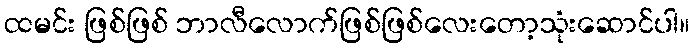
ထမင်း ဖြစ်ဖြစ် ဘာလီလောက်ဖြစ်ဖြစ်လေးတော့သုံးဆောင်ပါ။